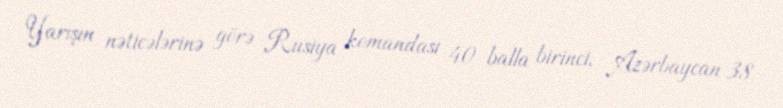
Yarışın nəticələrinə görə Rusiya komandası 40 balla birinci, Azərbaycan 38